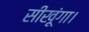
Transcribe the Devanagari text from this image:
सीखूंगा।